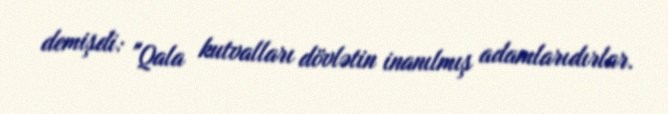
demişdi: "Qala kutvalları dövlətin inanılmış adamlarıdırlar.